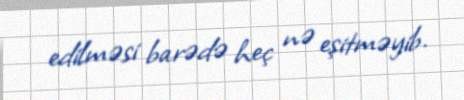
edilməsi barədə heç nə eşitməyib.